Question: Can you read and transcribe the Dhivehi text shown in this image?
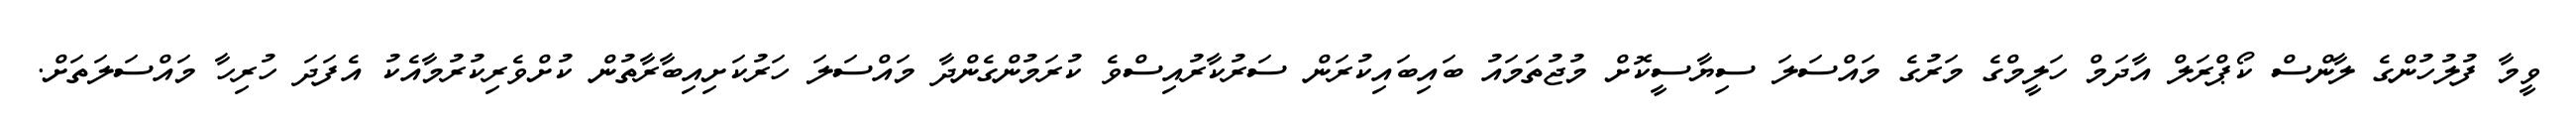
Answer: ވީމާ ފުލުހުންގެ ލާންސް ކޯޕްރަލް އާދަމް ހަލީމްގެ މަރުގެ މައްސަލަ ސިޔާސީކޮށް މުޖުތަމައު ބައިބައިކުރަން ސަރުކާރުއިސްވެ ކުރަމުންގެންދާ މައްސަލަ ހަރުކަށިއިބާރާތުން ކުށްވެރިކުރުމާއެކު އެފަދަ ހުރިހާ މައްސަލަތަށް.